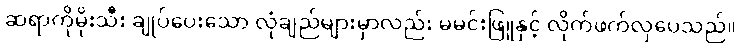
ဆရာကိုမိုးသီး ချုပ်ပေးသော လုံချည်များမှာလည်း မမင်းဖြူနှင့် လိုက်ဖက်လှပေသည်။